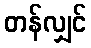
တန်လျှင်